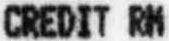
CREDIT RM